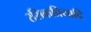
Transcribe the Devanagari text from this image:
रसिकप्रियादि